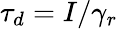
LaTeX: \tau_{d}=I/\gamma_{r}